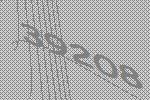
39208